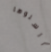
أرسلوها